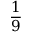
\frac { 1 } { 9 }